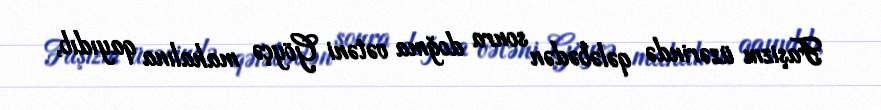
Faşizm üzərində qələbədən sonra doğma vətəni Göyçə mahalına qayıdıb,